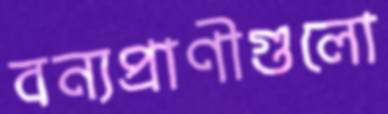
বন্যপ্রাণীগুলো